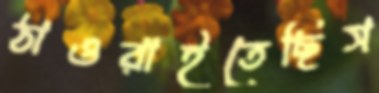
ঠাওরাইতেছিস